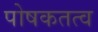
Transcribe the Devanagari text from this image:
पोषकतत्व